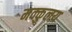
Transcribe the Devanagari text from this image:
मक्कुलय